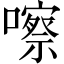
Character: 嚓